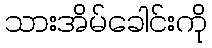
သားအိမ်ခေါင်းကို